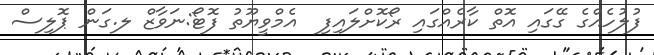
ފުލުހެއްގެ ގޭގައި އޮތް ކާރެއްގައި ރޯކޮށްލައިފި  އެމްވީޔޫތު ފޮޓޯ:ނަވާޒް ލ.ގަން ޕޮލިސް